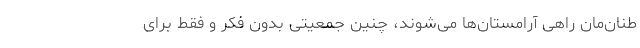
طنان‌مان راهی آرامستان‌ها می‌شوند، چنین جمعیتی بدون فکر و فقط برای